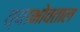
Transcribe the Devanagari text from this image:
त्याभोवताल